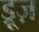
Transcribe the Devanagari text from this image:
ड्रूज़